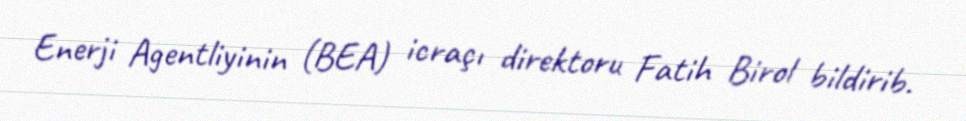
Enerji Agentliyinin (BEA) icraçı direktoru Fatih Birol bildirib.